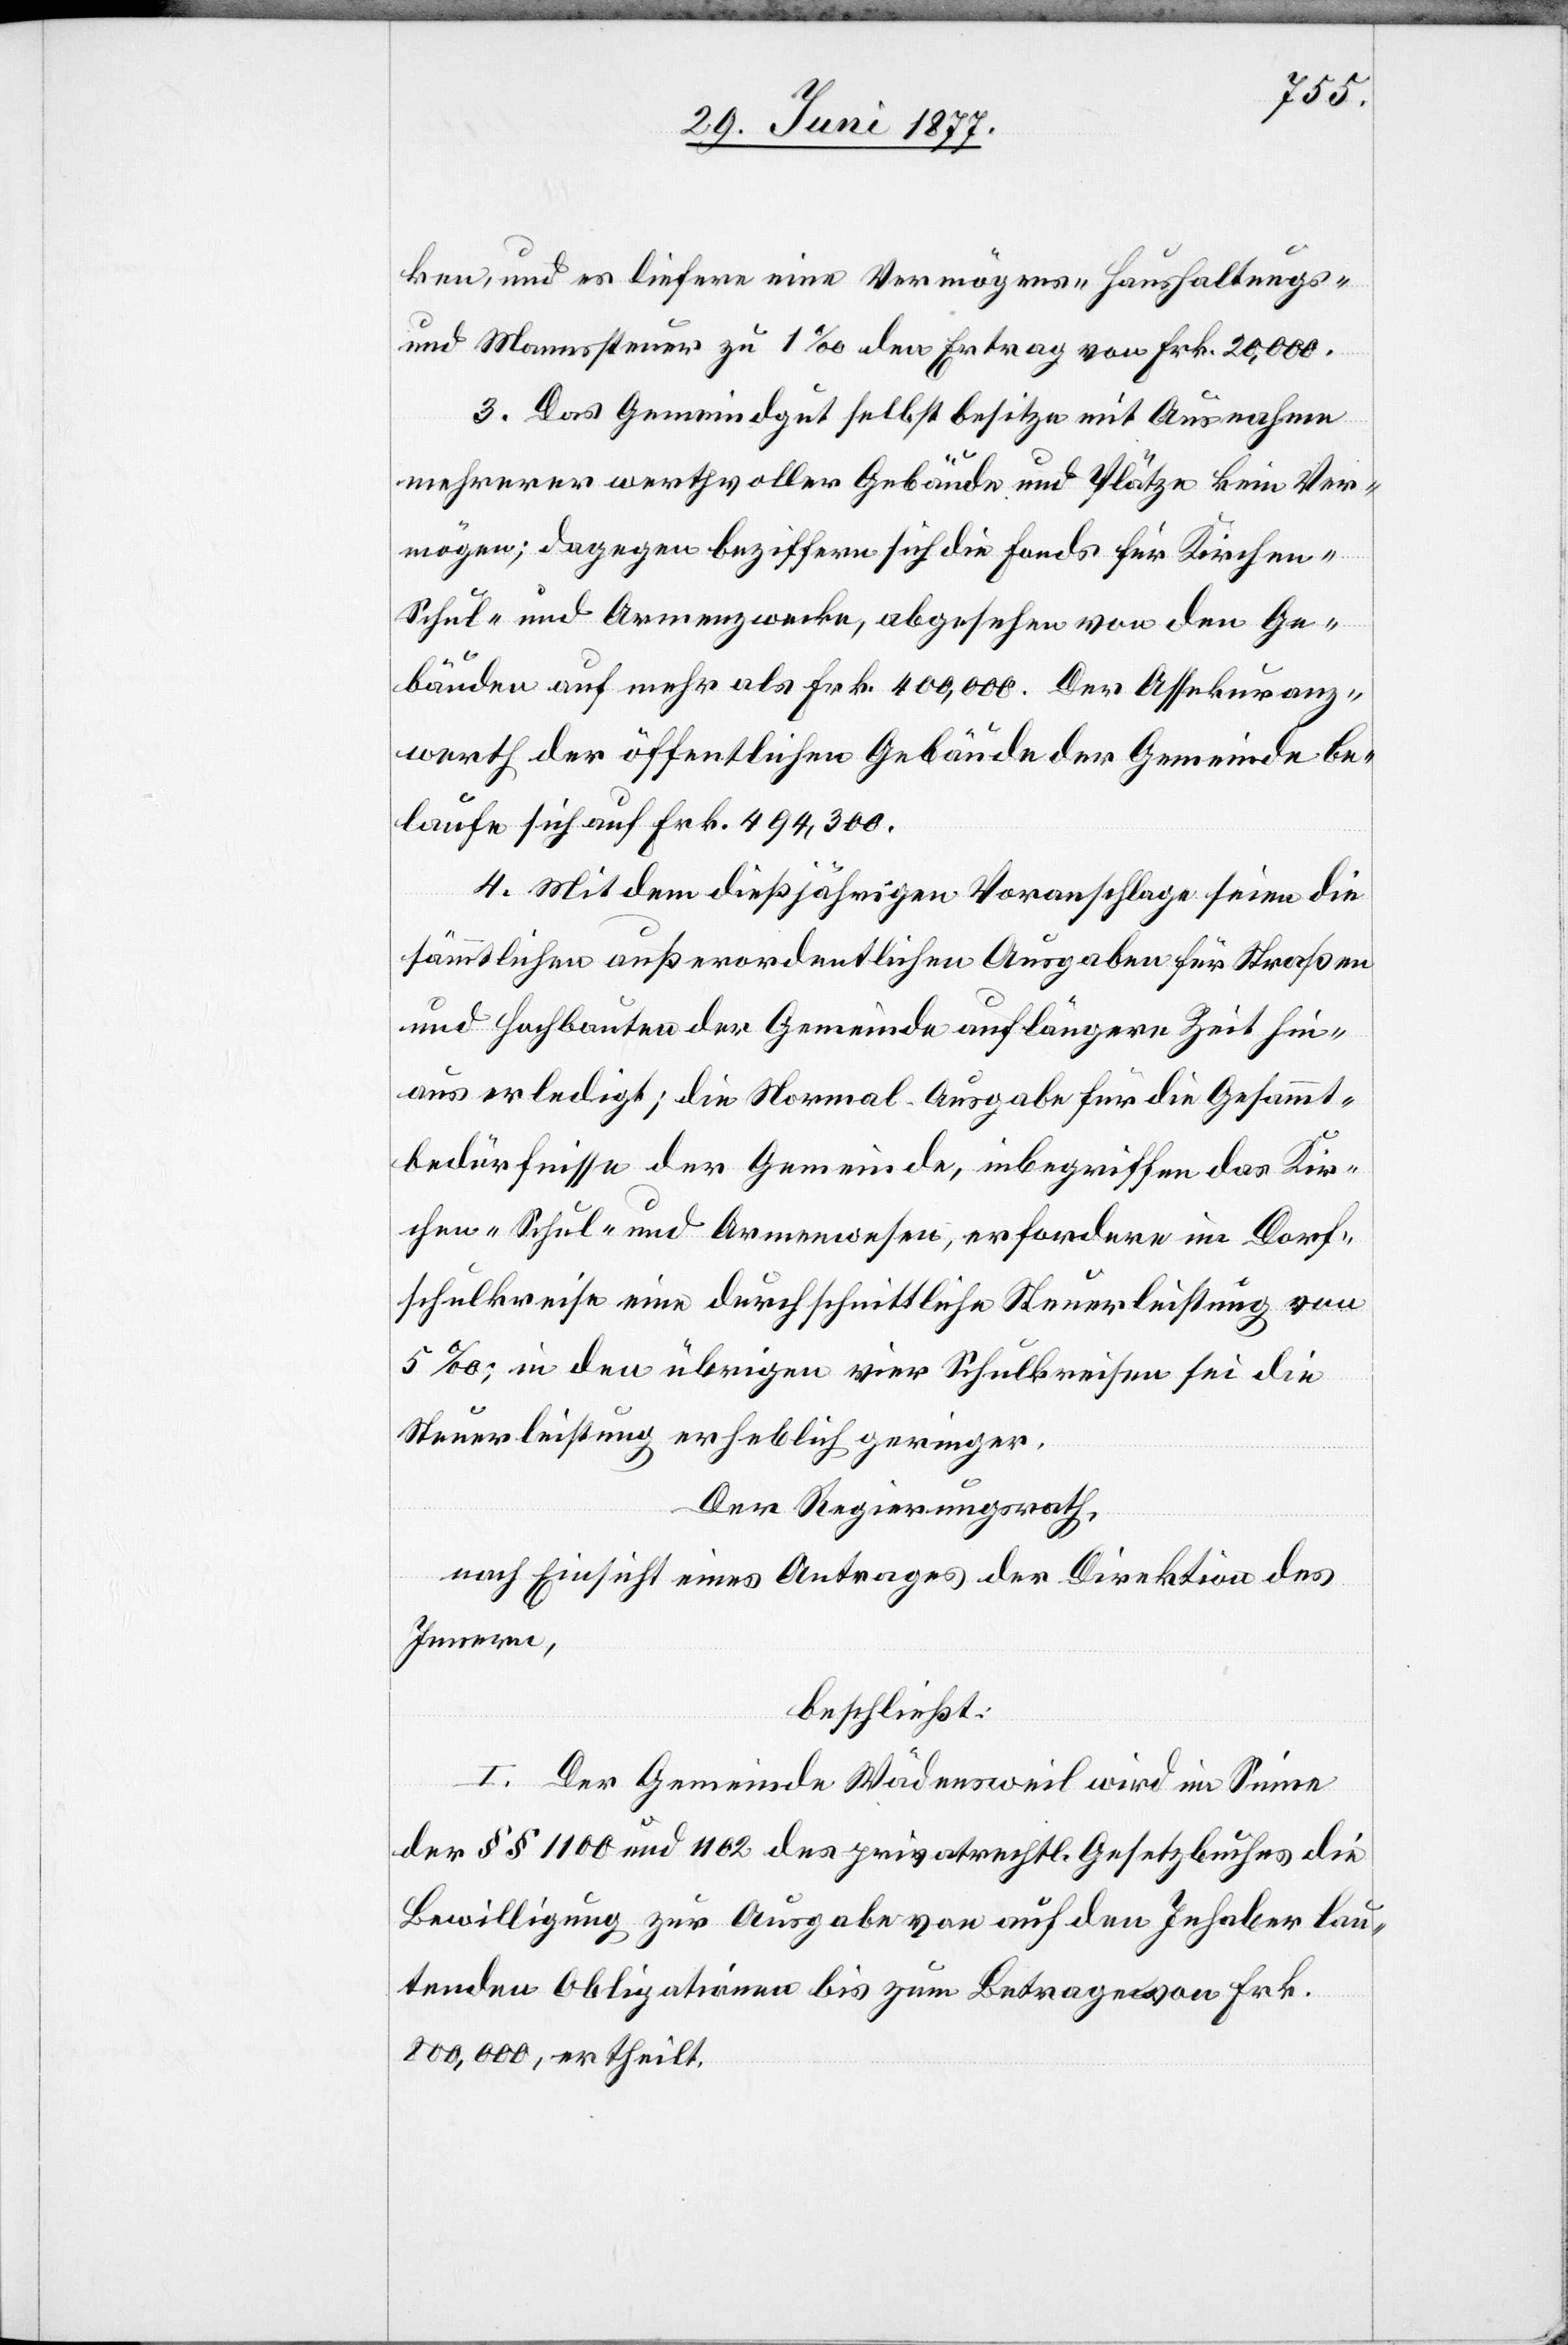
ken, und es liefere eine Vermögens- Haushaltungs-
und Mannsteuer zu 1‰ den Ertrag von Frk. 20,000.
3. Das Gemeindegut selbst besitze mit Ausnahme
mehrerer werthvoller Gebäude und Plätze kein Ver¬
mögen; dagegen beziffern sich die Fonds für Kirchen-
Schul- und Armenzwecke, abgesehen von den Ge¬
bäuden auf mehr als Frk. 400,000. Der Assekuranz¬
werth der öffentlichen Gebäude der Gemeinde be¬
laufe sich auf Frk. 494,300.
4. Mit dem dießjährigen Voranschlage seien die
sämmtlichen außerordentlichen Ausgaben für Straßen
und Hochbauten der Gemeinde auf längere Zeit hin¬
aus erledigt; die Normal-Ausgabe für die Gesammt¬
bedürfnisse der Gemeinde, inbegriffen das Kir¬
chen- Schul- und Armenwesen, erfordere im Dorf¬
schulkreise eine durchschnittliche Steuerleistung von
5‰, in den übrigen vier Schulkreisen sei die
Steuerleistung erheblich geringer.
Der Regierungsrath,
nach Einsicht eines Antrages der Direktion des
Innern,
beschließt:
I. Der Gemeinde Wädensweil wird im Sinne
der §§ 1100 und 1102 des privatrechtl. Gesetzbuches die
Bewilligung zur Ausgabe von auf den Inhaber lau¬
tenden Obligationen bis zum Betrage von Frk.
800,000, ertheilt.